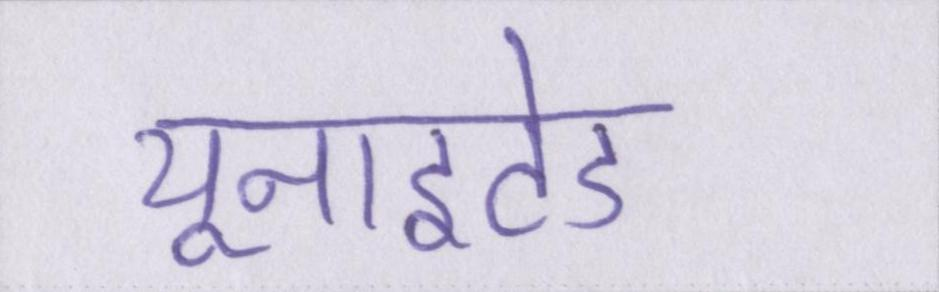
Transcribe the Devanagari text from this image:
यूनाइटेड